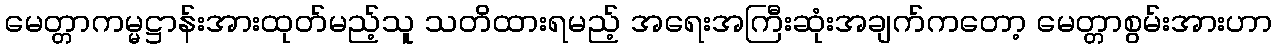
မေတ္တာကမ္မဋ္ဌာန်းအားထုတ်မည့်သူ သတိထားရမည့် အရေးအကြီးဆုံးအချက်ကတော့ မေတ္တာစွမ်းအားဟာ